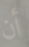
أن